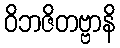
ဝိဘဇိတဗ္ဗာနိ